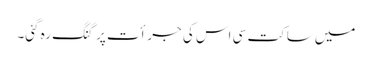
میں ساکت سی اس کی جرأت پر گنگ رہ گئی۔